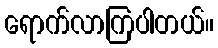
ရောက်လာကြပါတယ်။